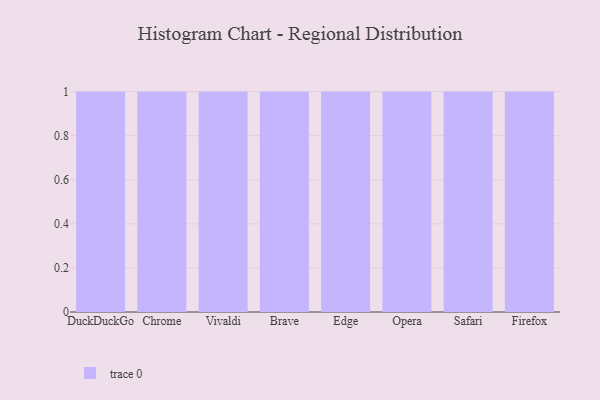
{"axis": {"x": "Browser", "y": "Temperature (°C)"}, "legend": [""], "data": [{"x": "DuckDuckGo", "y": 43, "type": ""}, {"x": "Chrome", "y": 85, "type": ""}, {"x": "Vivaldi", "y": 12, "type": ""}, {"x": "Brave", "y": 51, "type": ""}, {"x": "Edge", "y": 33, "type": ""}, {"x": "Opera", "y": 43, "type": ""}, {"x": "Safari", "y": 86, "type": ""}, {"x": "Firefox", "y": 62, "type": ""}]}